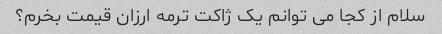
سلام از کجا می توانم یک ژاکت ترمه ارزان قیمت بخرم؟